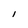
Character: I